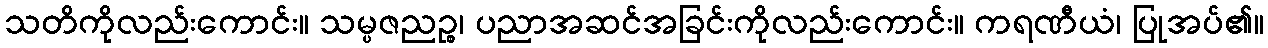
သတိကိုလည်းကောင်း။ သမ္ပဇညဉ္စ၊ ပညာအဆင်အခြင်းကိုလည်းကောင်း။ ကရဏီယံ၊ ပြုအပ်၏။